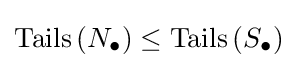
\operatorname {Tails} \left(N_{\bullet }\right)\leq \operatorname {Tails} \left(S_{\bullet }\right)